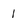
Character: 1